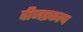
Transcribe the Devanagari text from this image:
वीजप्रकल्प